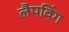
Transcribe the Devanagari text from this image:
लैपविंग